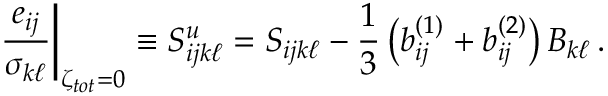
\left. \frac { e _ { i j } } { \sigma _ { k \ell } } \right| _ { \zeta _ { t o t } = 0 } \equiv S _ { i j k \ell } ^ { u } = S _ { i j k \ell } - \frac { 1 } { 3 } \left( b _ { i j } ^ { ( 1 ) } + b _ { i j } ^ { ( 2 ) } \right) B _ { k \ell } \, .